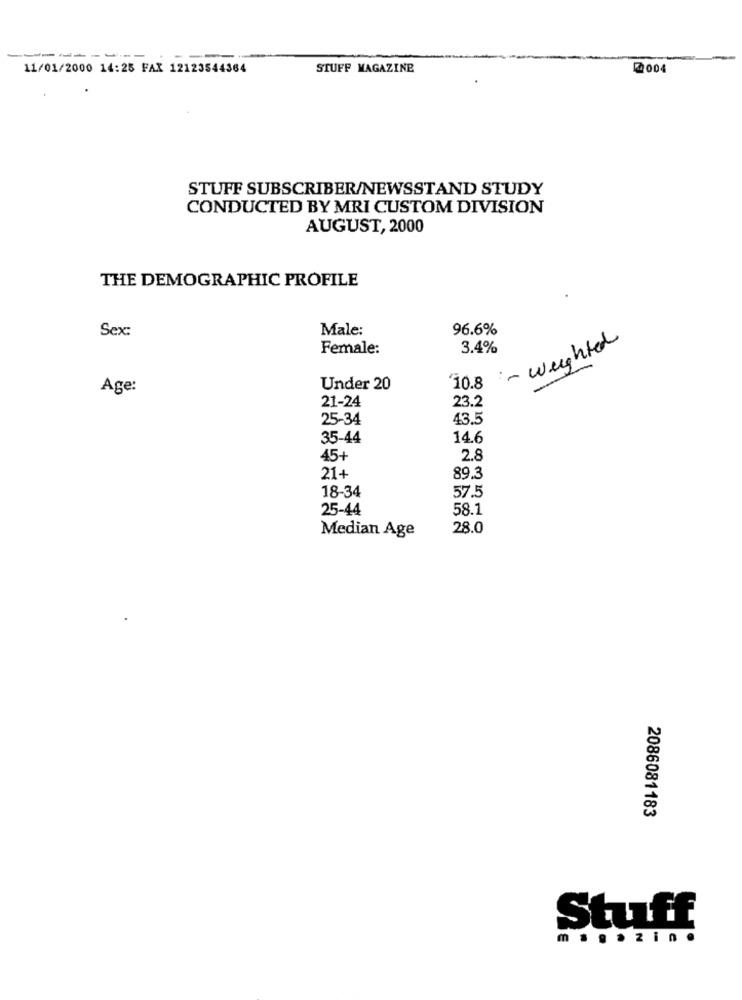
-----------
11/01/2000 14:25 FAX 12123544364
STUFF MAGAZINE
004
STUFF SUBSCRIBER/NEWSSTAND STUDY
CONDUCTED BY MRI CUSTOM DIVISION
AUGUST, 2000
THE DEMOGRAPHIC PROFILE
Sex:
Male:
96.6%
- weighted
Female:
3.4%
Age:
Under 20
¥10.8
21-24
23.2
25-34
43.5
35-44
14.6
45+
2.8
21+
89.3
18-34
57.5
25-44
58.1
Median Age
28.0
2086081183
Stuff